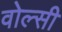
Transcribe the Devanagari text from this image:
वोल्सी